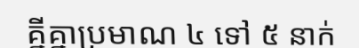
គ្នីគ្នាប្រមាណ ៤ ទៅ ៥ នាក់